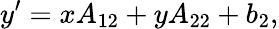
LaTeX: y^{\prime}=xA_{12}+yA_{22}+b_{2},